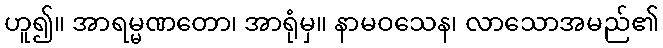
ဟူ၍။ အာရမ္မဏတော၊ အာရုံမှ။ နာမဝသေန၊ လာသောအမည်၏